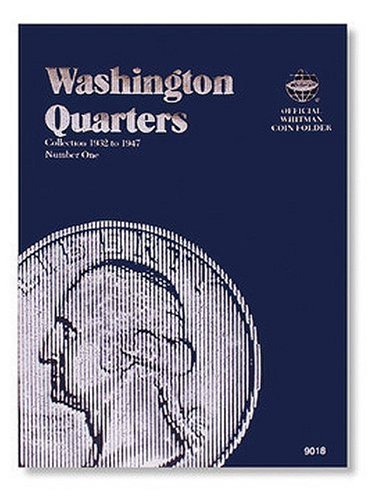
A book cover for Washington Quarter Folder 1932-1947 (Official Whitman Coin Folder); Whitman; Crafts, Hobbies & Home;